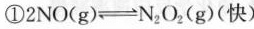
①$$2 N O ( g ) \rightleftharpoons N _ { 2 } O _ { 2 } ( g )$$(快)